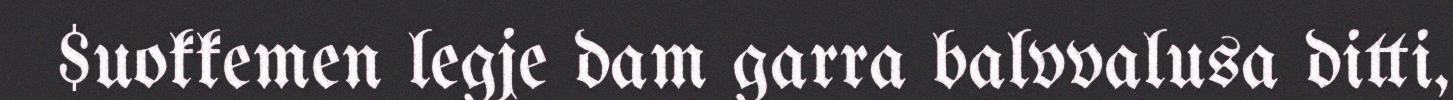
$uokkemen legje dam garra balvvalusa ditti,